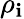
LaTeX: \rho_{\mathbf{i}}